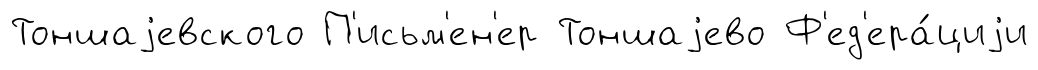
Тоншаjевского П'исьм'ен'ер Тоншаjево Ф'ед'ера́циjи